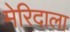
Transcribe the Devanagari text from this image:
मेरिदाला